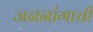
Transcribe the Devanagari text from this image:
जननांगाची